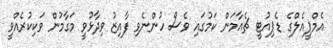
އެމްޕީއެލްގެ ޑެޕިއުޓީ ޗެއާމަން ކަމުގައި ވެސް ހުންނެވި ފާއިޒު ވިދާޅުވީ މަގާމުން ވަކިކުރެއްވީ